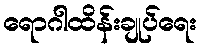
ရောဂါထိန်းချုပ်ရေး